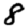
Digit: 8